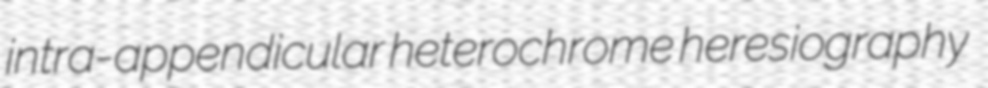
intra-appendicular heterochrome heresiography